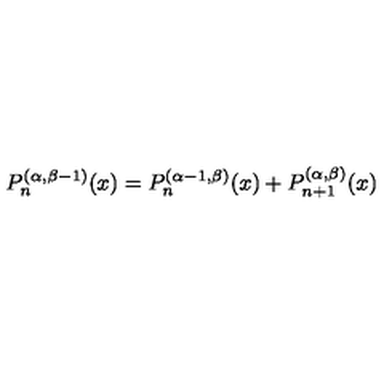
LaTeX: P _ { n } ^ { ( \alpha , \beta - 1 ) } ( x ) = P _ { n } ^ { ( \alpha - 1 , \beta ) } ( x ) + P _ { n + 1 } ^ { ( \alpha , \beta ) } ( x )